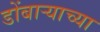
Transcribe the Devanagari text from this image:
डोंबार्‍याच्या